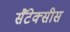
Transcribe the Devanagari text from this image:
सैंटेक्सीस